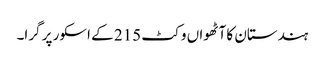
ہندستان کا آٹھواں وکٹ 215 کے اسکور پر گرا۔